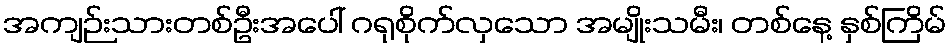
အကျဉ်းသားတစ်ဦးအပေါ် ဂရုစိုက်လှသော အမျိုးသမီး၊ တစ်နေ့ နှစ်ကြိမ်